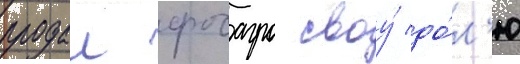
продал фосагро своу́ до́л'ю